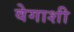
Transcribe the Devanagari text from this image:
वेगाशी